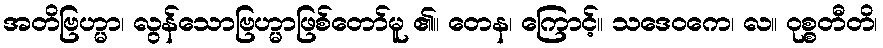
အတိဗြဟ္မာ၊ လွန်သောဗြဟ္မာဖြစ်တော်မူ ၏။ တေန၊ ကြောင့်။ သဒေဝကေ၊ လ။ ဝုစ္စတီတိ၊